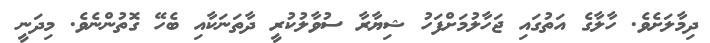
ދިމާލަށެވެ. ހާލާގެ އަތުގައި ޖަހާލުމަށްފަހު ޝިޔާރާ ސުވާލުކުރީ ދާތަނަކާއި ބެހޭ ގޮތުންނެވެ. މިދަނީ